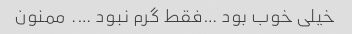
خیلی خوب بود …فقط گرم نبود …. ممنون